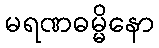
မရဏဓမ္မိနော